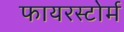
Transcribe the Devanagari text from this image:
फायरस्टोर्म